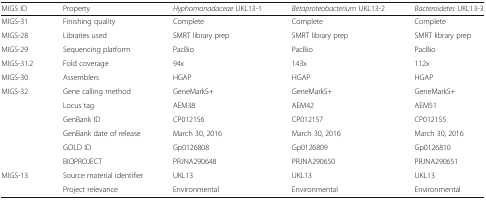
<table><thead><tr><td><b>MIGS ID</b></td><td><b>Property</b></td><td><b><i>Hyphomonadaceae</i> UKL13-1</b></td><td><b><i>Betaproteobacterium</i> UKL13-2</b></td><td><b><i>Bacteroidetes</i> UKL13-3</b></td></tr></thead><tbody><tr><td>MIGS-31</td><td>Finishing quality</td><td>Complete</td><td>Complete</td><td>Complete</td></tr><tr><td>MIGS-28</td><td>Libraries used</td><td>SMRT library prep</td><td>SMRT library prep</td><td>SMRT library prep</td></tr><tr><td>MIGS-29</td><td>Sequencing platform</td><td>PacBio</td><td>PacBio</td><td>PacBio</td></tr><tr><td>MIGS-31.2</td><td>Fold coverage</td><td>94x</td><td>143x</td><td>112x</td></tr><tr><td>MIGS-30</td><td>Assemblers</td><td>HGAP</td><td>HGAP</td><td>HGAP</td></tr><tr><td>MIGS-32</td><td>Gene calling method</td><td>GeneMarkS+</td><td>GeneMarkS+</td><td>GeneMarkS+</td></tr><tr><td></td><td>Locus tag</td><td>AEM38</td><td>AEM42</td><td>AEM51</td></tr><tr><td></td><td>GenBank ID</td><td>CP012156</td><td>CP012157</td><td>CP012155</td></tr><tr><td></td><td>GenBank date of release</td><td>March 30, 2016</td><td>March 30, 2016</td><td>March 30, 2016</td></tr><tr><td></td><td>GOLD ID</td><td>Gp0126808</td><td>Gp0126809</td><td>Gp0126810</td></tr><tr><td></td><td>BIOPROJECT</td><td>PRJNA290648</td><td>PRJNA290650</td><td>PRJNA290651</td></tr><tr><td>MIGS-13</td><td>Source material identifier</td><td>UKL13</td><td>UKL13</td><td>UKL13</td></tr><tr><td></td><td>Project relevance</td><td>Environmental</td><td>Environmental</td><td>Environmental</td></tr></tbody></table>